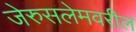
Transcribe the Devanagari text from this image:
जेरुसलेमवरील